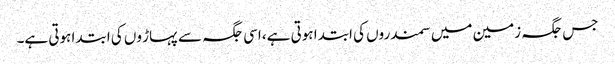
جس جگہ زمین میں سمندروں کی ابتدا ہوتی ہے، اسی جگہ سے پہاڑ وں کی ابتدا ہوتی ہے۔